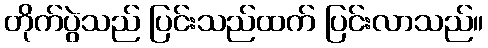
တိုက်ပွဲသည် ပြင်းသည်ထက် ပြင်းလာသည်။